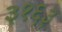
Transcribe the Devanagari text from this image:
३१६३